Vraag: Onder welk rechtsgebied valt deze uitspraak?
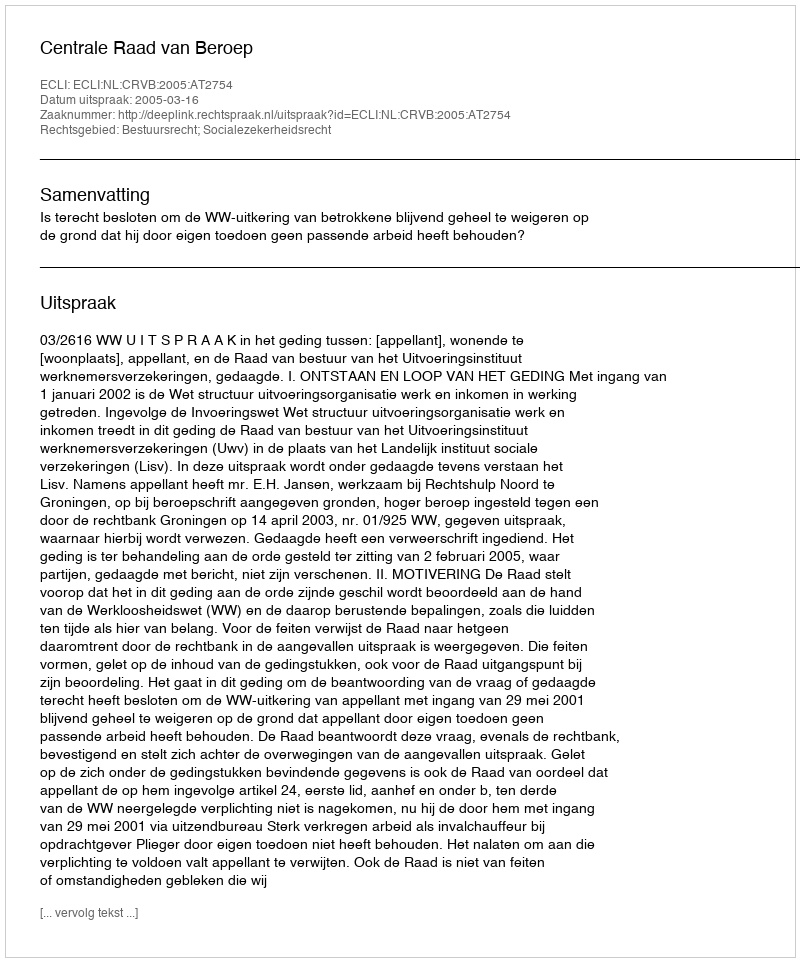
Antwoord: Bestuursrecht; Socialezekerheidsrecht